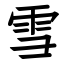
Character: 雪